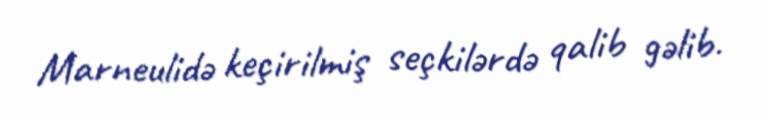
Marneulidə keçirilmiş seçkilərdə qalib gəlib.